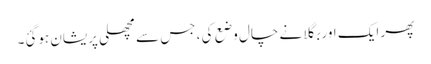
پھر ایک اور بگلا نے چال وضع کی ، جس سے مچھلی پریشان ہوگئ۔